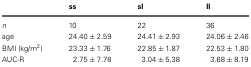
|  | ss | sl | ll |
 | --- | --- | --- | --- |
 | n | 10 | 22 | 36 |
 | age | 24.40 ± 2.59 | 24.41 ± 2.93 | 24.06 ± 2.46 |
 | BMI (kg/m2) | 23.33 ± 1.76 | 22.85 ± 1.87 | 22.53 ± 1.80 |
 | AUC-R | 2.75 ± 7.78 | 3.04 ± 5.38 | 3.68 ± 8.19 |